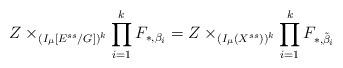
\begin{align*}Z\times_{(I_{\mu}[E^{ss}/G])^k}\prod_{i=1}^{k}F_{*,\beta_i}=Z\times_{(I_{\mu}(X^{ss}))^k}\prod_{i=1}^{k}F_{*,\tilde{\beta}_i}\end{align*}